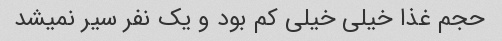
حجم غذا خیلی خیلی کم بود و یک نفر سیر نمیشد